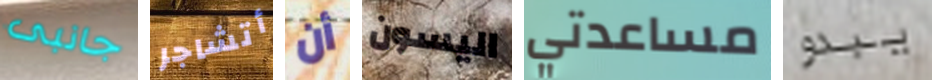
جانبى أتشاجر أن اليسون مساعدتي يبدو